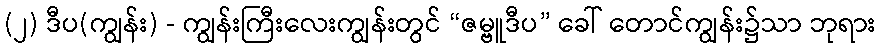
(၂) ဒီပ(ကျွန်း) - ကျွန်းကြီးလေးကျွန်းတွင် “ဇမ္ဗူဒီပ” ခေါ် တောင်ကျွန်း၌သာ ဘုရား